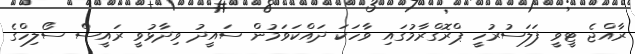
ރާއްޖެ ޓީވީ ފަލަސުރުހީ ޕްރޮގްރާމުގައި ވާހަކަ ދައްކަވަމުން ސައީދު ވިދާޅުވީ ރައީސް ސޯލިހްގެ